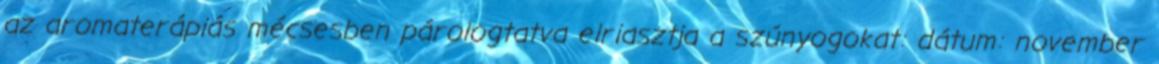
az aromaterápiás mécsesben párologtatva elriasztja a szúnyogokat: dátum: november